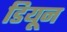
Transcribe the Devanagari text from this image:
डियून